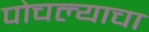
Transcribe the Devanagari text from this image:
पोचल्याचा